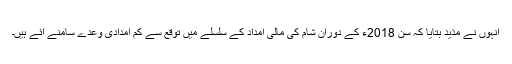
انہوں نے مذید بتایا کہ سن 2018ء کے دوران شام کی مالی امداد کے سلسلے میں توقع سے کم امدادی وعدے سامنے آئے ہیں۔